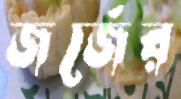
জর্জের